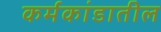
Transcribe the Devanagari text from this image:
कर्मकांडातील